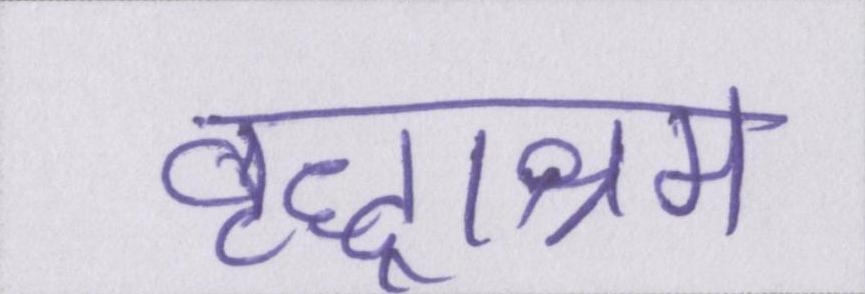
वृद्धाश्रम